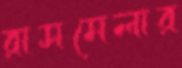
রাসমেলার